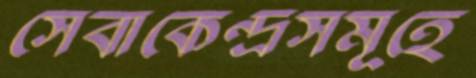
সেবাকেন্দ্রসমূহে